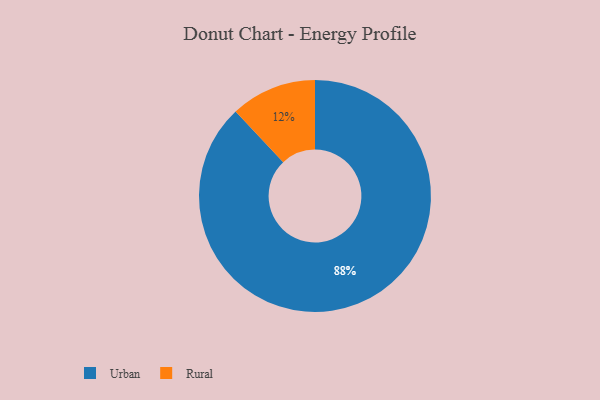
{"axis": {"x": "Category", "y": "Percentage"}, "legend": ["Rural", "Urban"], "data": [{"x": "Urban", "y": 88, "type": "Urban"}, {"x": "Rural", "y": 12, "type": "Rural"}]}